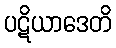
ပဋိယာဒေတိ